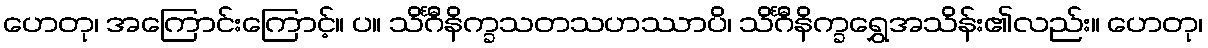
ဟေတု၊ အကြောင်းကြောင့်။ ပ။ သိင်္ဂီနိက္ခသတသဟဿာပိ၊ သိင်္ဂီနိက္ခရွှေအသိန်း၏လည်း။ ဟေတု၊